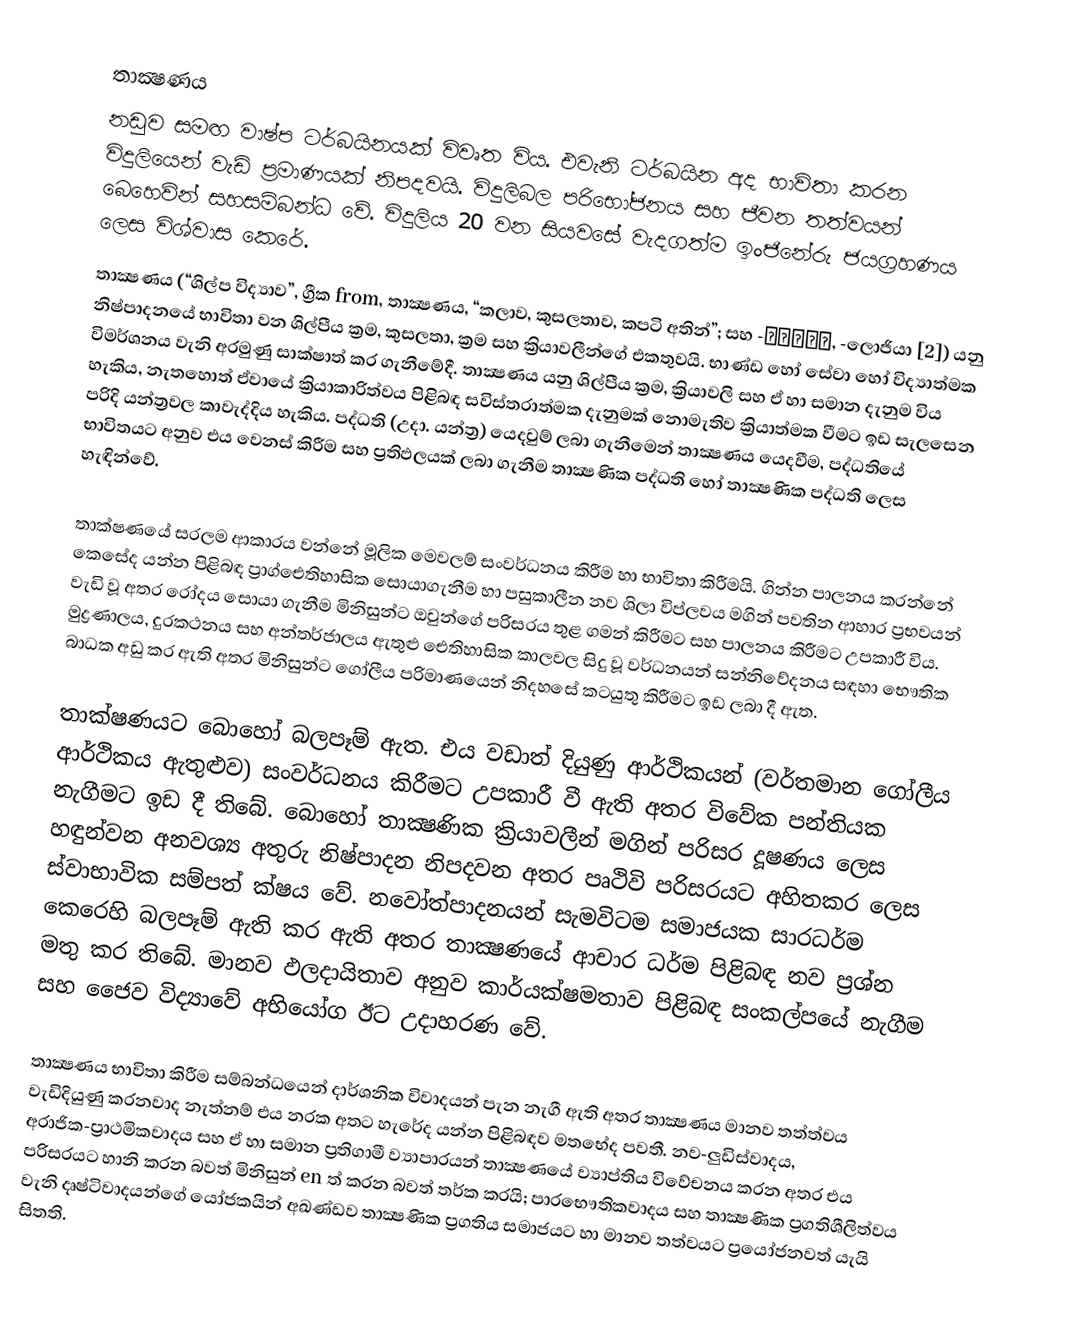
තාක්‍ෂණය
නඩුව සමඟ වාෂ්ප ටර්බයිනයක් විවෘත විය.  එවැනි ටර්බයින අද භාවිතා කරන විදුලියෙන් වැඩි ප්‍රමාණයක් නිපදවයි.  විදුලිබල පරිභෝජනය සහ ජීවන තත්වයන් බෙහෙවින් සහසම්බන්ධ වේ.  විදුලිය 20 වන සියවසේ වැදගත්ම ඉංජිනේරු ජයග්‍රහණය ලෙස විශ්වාස කෙරේ.
 තාක්‍ෂණය (“ශිල්ප විද්‍යාව”, ග්‍රීක from, තාක්‍ෂණය, “කලාව, කුසලතාව, කපටි අතින්”; සහ -λογία, -ලොජියා [2]) යනු නිෂ්පාදනයේ භාවිතා වන ශිල්පීය ක්‍රම, කුසලතා, ක්‍රම සහ ක්‍රියාවලීන්ගේ එකතුවයි.  භාණ්ඩ හෝ සේවා හෝ විද්‍යාත්මක විමර්ශනය වැනි අරමුණු සාක්ෂාත් කර ගැනීමේදී.  තාක්‍ෂණය යනු ශිල්පීය ක්‍රම, ක්‍රියාවලි සහ ඒ හා සමාන දැනුම විය හැකිය, නැතහොත් ඒවායේ ක්‍රියාකාරිත්වය පිළිබඳ සවිස්තරාත්මක දැනුමක් නොමැතිව ක්‍රියාත්මක වීමට ඉඩ සැලසෙන පරිදි යන්ත්‍රවල කාවැද්දිය හැකිය.  පද්ධති (උදා. යන්ත්‍ර) යෙදවුම් ලබා ගැනීමෙන් තාක්‍ෂණය යෙදවීම, පද්ධතියේ භාවිතයට අනුව එය වෙනස් කිරීම සහ ප්‍රතිඵලයක් ලබා ගැනීම තාක්‍ෂණික පද්ධති හෝ තාක්‍ෂණික පද්ධති ලෙස හැඳින්වේ.

 තාක්ෂණයේ සරලම ආකාරය වන්නේ මූලික මෙවලම් සංවර්ධනය කිරීම හා භාවිතා කිරීමයි.  ගින්න පාලනය කරන්නේ කෙසේද යන්න පිළිබඳ ප්‍රාග්ඓතිහාසික සොයාගැනීම හා පසුකාලීන නව ශිලා විප්ලවය මගින් පවතින ආහාර ප්‍රභවයන් වැඩි වූ අතර රෝදය සොයා ගැනීම මිනිසුන්ට ඔවුන්ගේ පරිසරය තුළ ගමන් කිරීමට සහ පාලනය කිරීමට උපකාරී විය.  මුද්‍රණාලය, දුරකථනය සහ අන්තර්ජාලය ඇතුළු  ඓතිහාසික කාලවල සිදු වූ වර්ධනයන් සන්නිවේදනය සඳහා භෞතික බාධක අඩු කර ඇති අතර මිනිසුන්ට ගෝලීය පරිමාණයෙන් නිදහසේ කටයුතු කිරීමට ඉඩ ලබා දී ඇත.

 තාක්ෂණයට බොහෝ බලපෑම් ඇත.  එය වඩාත් දියුණු ආර්ථිකයන් (වර්තමාන ගෝලීය ආර්ථිකය ඇතුළුව) සංවර්ධනය කිරීමට උපකාරී වී ඇති අතර විවේක පන්තියක නැගීමට ඉඩ දී තිබේ.  බොහෝ තාක්‍ෂණික ක්‍රියාවලීන් මගින් පරිසර දූෂණය ලෙස හඳුන්වන අනවශ්‍ය අතුරු නිෂ්පාදන නිපදවන අතර පෘථිවි පරිසරයට අහිතකර ලෙස ස්වාභාවික සම්පත් ක්ෂය වේ.  නවෝත්පාදනයන් සැමවිටම සමාජයක සාරධර්ම කෙරෙහි බලපෑම් ඇති කර ඇති අතර තාක්‍ෂණයේ ආචාර ධර්ම පිළිබඳ නව ප්‍රශ්න මතු කර තිබේ.  මානව ඵලදායිතාව අනුව කාර්යක්ෂමතාව පිළිබඳ සංකල්පයේ නැගීම සහ ජෛව විද්‍යාවේ අභියෝග ඊට උදාහරණ වේ.

 තාක්‍ෂණය භාවිතා කිරීම සම්බන්ධයෙන් දාර්ශනික විවාදයන් පැන නැගී ඇති අතර තාක්‍ෂණය මානව තත්ත්වය වැඩිදියුණු කරනවාද නැත්නම් එය නරක අතට හැරේද යන්න පිළිබඳව මතභේද පවතී.  නව-ලුඩිස්වාදය, අරාජික-ප්‍රාථමිකවාදය සහ ඒ හා සමාන ප්‍රතිගාමී ව්‍යාපාරයන් තාක්‍ෂණයේ ව්‍යාප්තිය විවේචනය කරන අතර එය පරිසරයට හානි කරන බවත් මිනිසුන් en ත් කරන බවත් තර්ක කරයි;  පාරභෞතිකවාදය සහ තාක්‍ෂණික ප්‍රගතිශීලිත්වය වැනි දෘෂ්ටිවාදයන්ගේ යෝජකයින් අඛණ්ඩව තාක්‍ෂණික ප්‍රගතිය සමාජයට හා මානව තත්වයට ප්‍රයෝජනවත් යැයි සිතති.